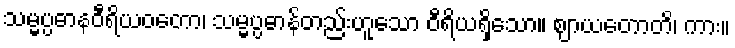
သမ္မပ္ပဓာနဝီရိယဝတော၊ သမ္မပ္ပဓာန်တည်းဟူသော ဝီရိယရှိသော။ ဈာယတောတိ၊ ကား။